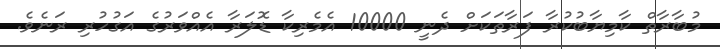
މުބާރާތް ކާމިޔާބުކުރާ ފަރާތަކަށް ދެނީ 10000 އެމެރިކާ ޑޮލަރާ އެއްވަރުގެ އަގުހުރި ރަނެވެ.